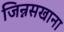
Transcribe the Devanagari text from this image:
जिन्नसखाना